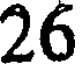
26